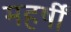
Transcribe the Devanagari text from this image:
महर्षीं